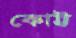
কোট্ট